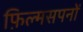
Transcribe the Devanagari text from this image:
फ़िल्मसपनों